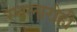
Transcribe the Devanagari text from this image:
स्थलारोही